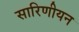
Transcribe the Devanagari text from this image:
सारिणीयन